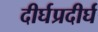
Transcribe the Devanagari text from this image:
दीर्घप्रदीर्घ